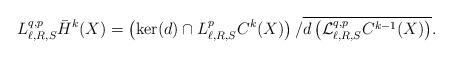
LaTeX: \begin{align*}L^{q,p}_{\ell,R,S}\bar{H}^{k}(X)=\left(\mathrm{ker}(d)\cap L^{p}_{\ell,R,S}C^{k}(X)\right)/\overline{d\left(\mathcal{L}^{q,p}_{\ell,R,S}C^{k-1}(X)\right)}.\end{align*}